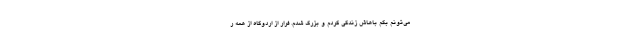
می‌تونم بگم باهاش زندگی کردم و بزرگ شدم. فرار از اردوگاه از همه ر